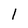
Character: 1